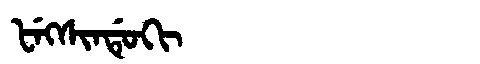
Manchu: ᡶᡝᡴᠰᡳᠨᡩᡠᡴᡳ
Romanization: FEKSINDUKI